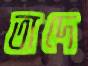
তাদে